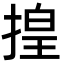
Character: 揘